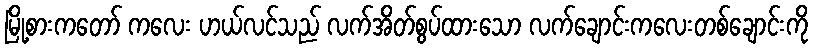
မြို့စားကတော် ကလေး ဟယ်လင်သည် လက်အိတ်စွပ်ထားသော လက်ချောင်းကလေးတစ်ချောင်းကို